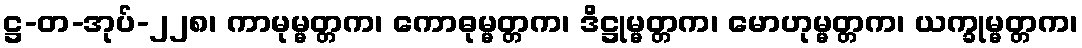
ဋ္ဌ-တ-အုပ်-၂၂၈၊ ကာမုမ္မတ္တက၊ ကောဓုမ္မတ္တက၊ ဒိဋ္ဌုမ္မတ္တက၊ မောဟုမ္မတ္တက၊ ယက္ခုမ္မတ္တက၊